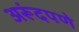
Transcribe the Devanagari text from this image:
अरूंदपणे